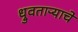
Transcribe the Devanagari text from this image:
ध्रुवताऱ्याचे